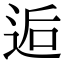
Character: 逅